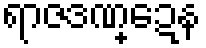
ရာဇဒဏ္ဍေန